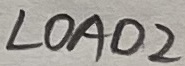
Text: LOAD2